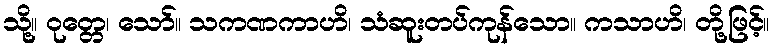
သို့။ ဝုတ္တေ၊ သော်။ သကဏကာဟိ၊ သံဆူးတပ်ကုန်သော။ ကသာဟိ၊ တို့ဖြင့်။